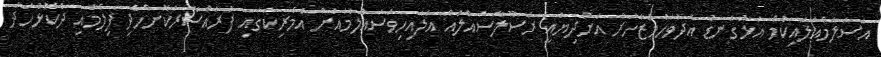
އަސަލާމްއަލައިކުމް އަޅުގަނޑު އެދުވަހުމުޒާހަރާ އަށްދިޔައީ ރަސޫލާސައްލައް އަލައިހިވަސައްލަމައަށް އެމެރިކަގައި ފުރައްސާރަކޮށްހެދި ފިލްމާއި ދެކޮޅުހަދާ